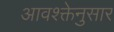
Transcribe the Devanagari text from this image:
आवश्क्तेनुसार